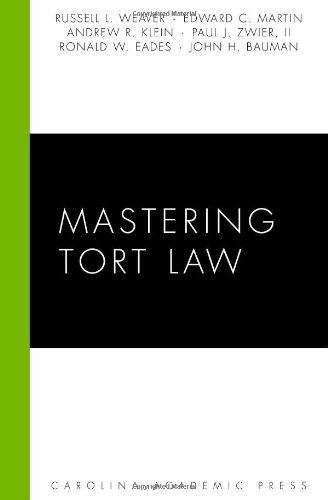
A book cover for Mastering Tort Law (Carolina Academic Press Mastering); Russell L. Weaver; Law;